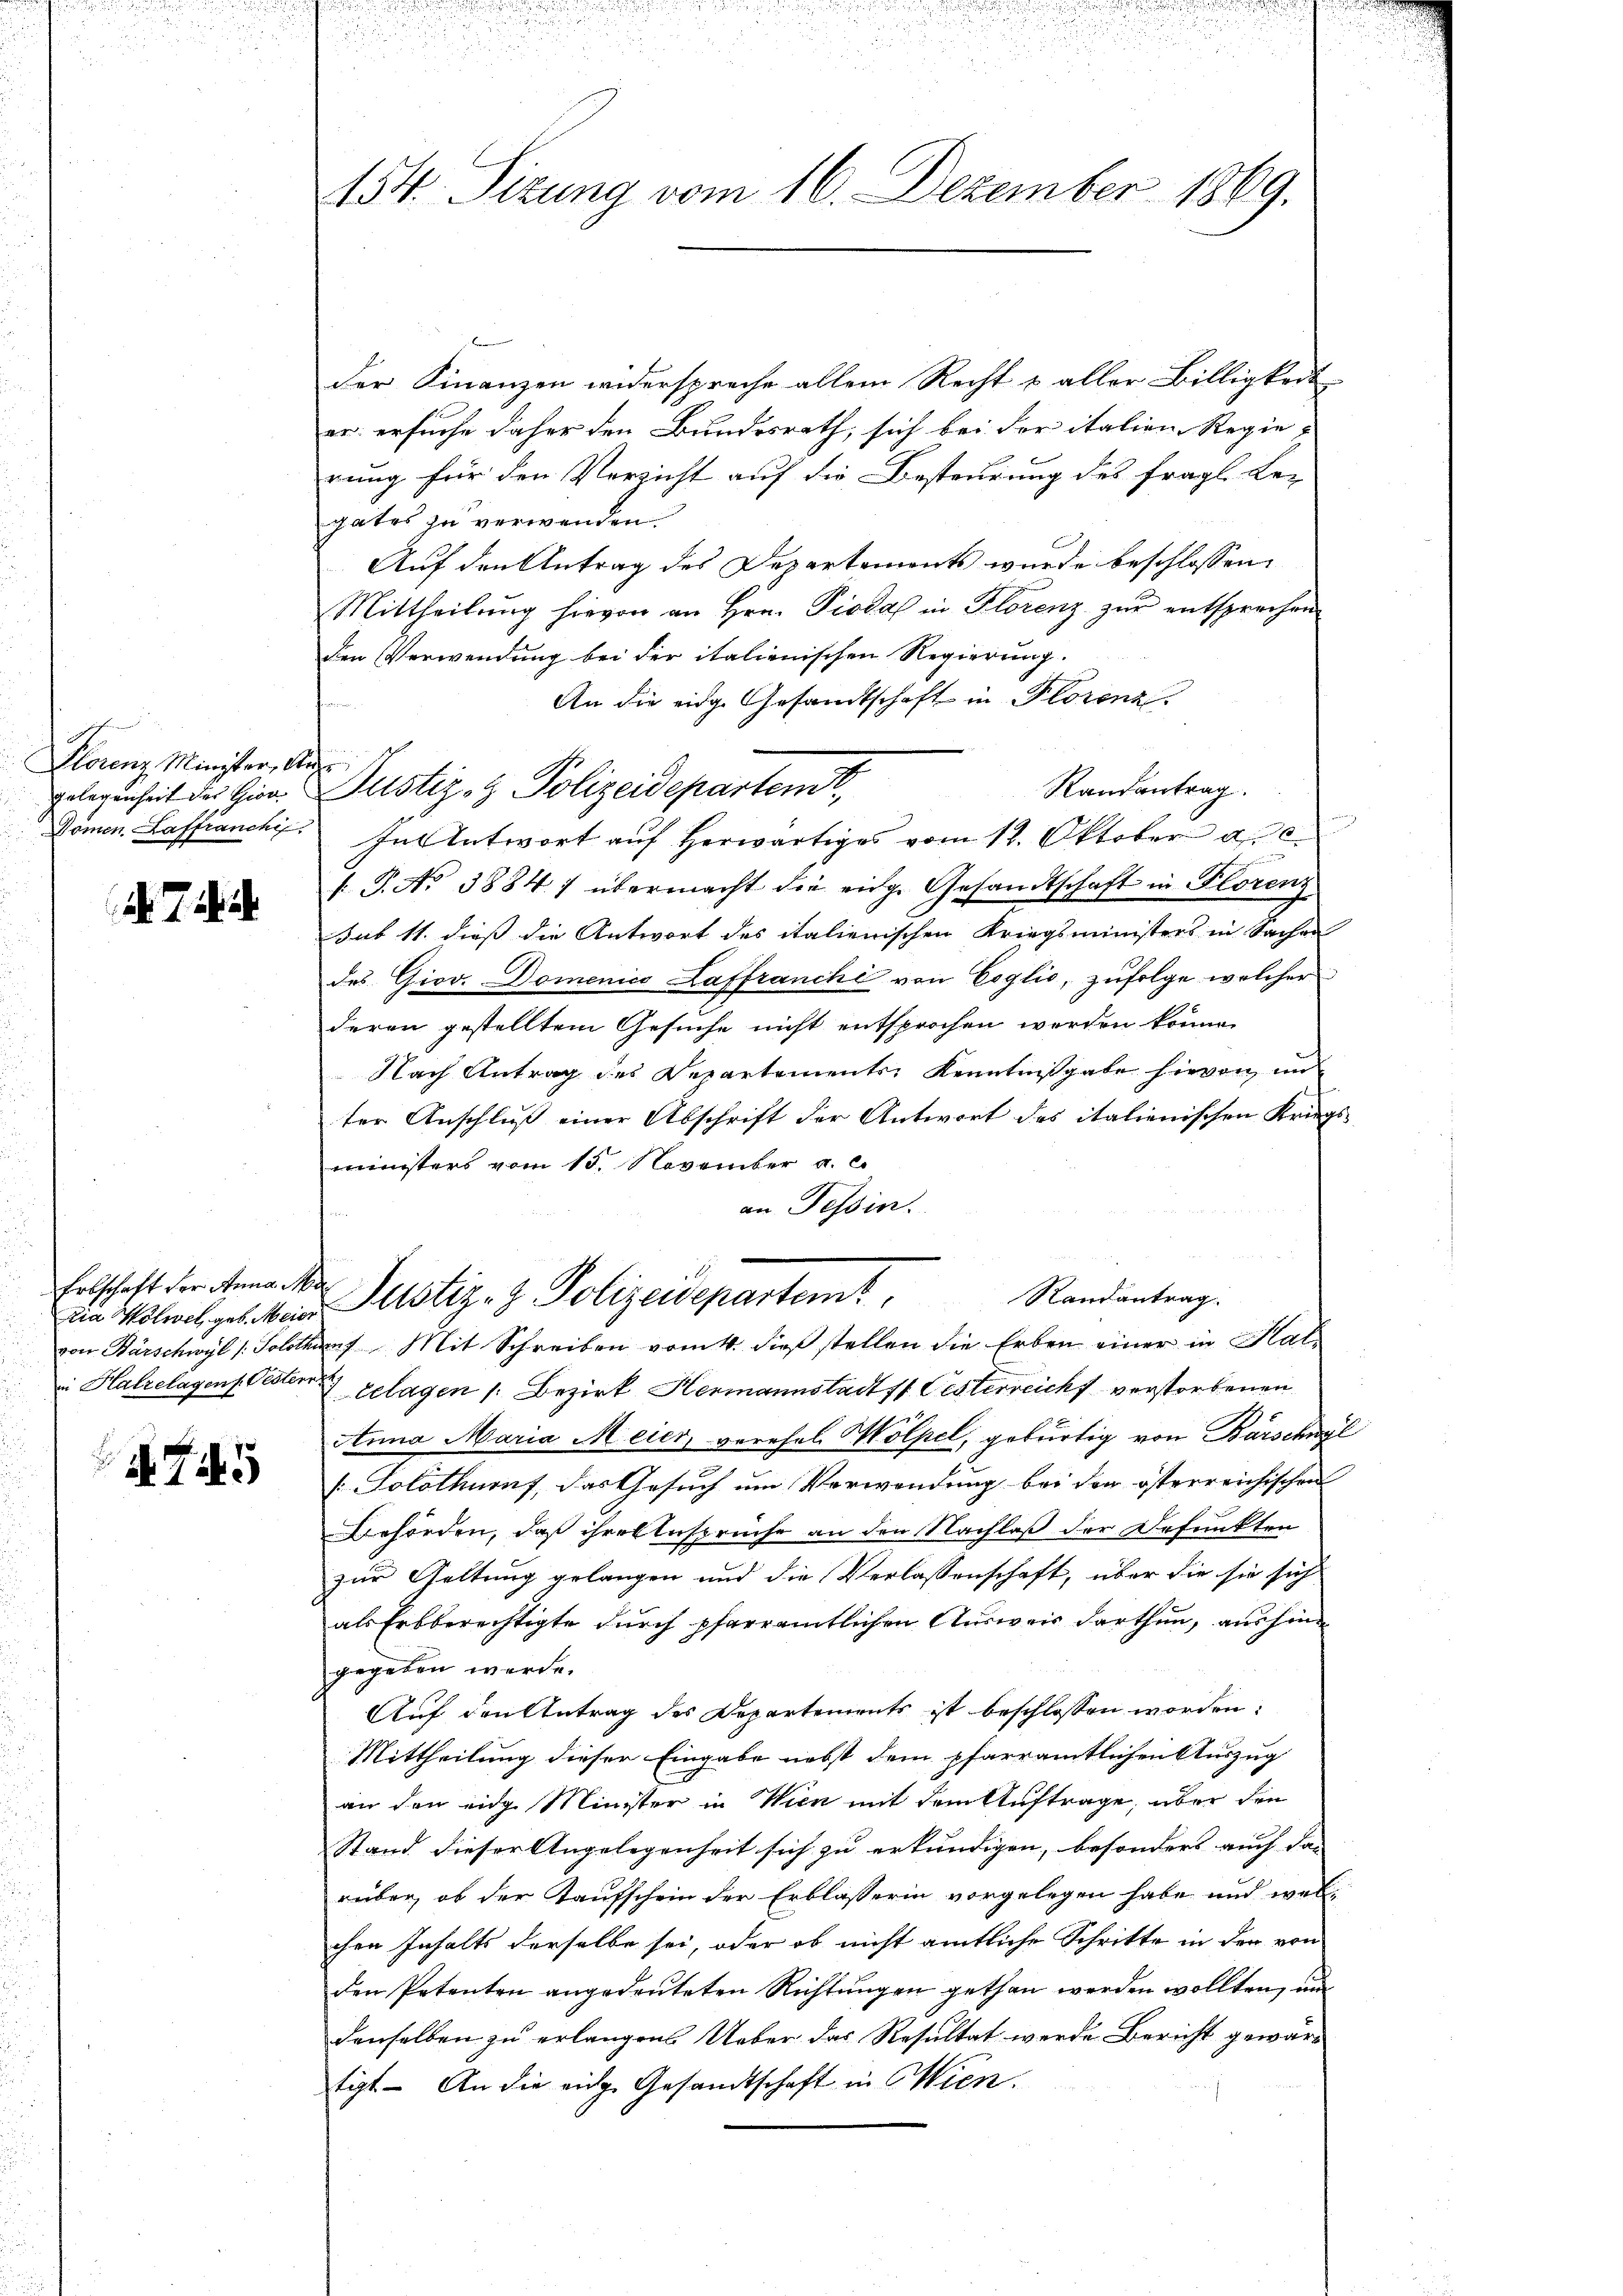
Florenz Minister, Auge

7

Erbschaft der Anna Ma

745

der Finanzen widerspreche allein Recht & aller Billigkeit
er: ersuche daher den Bundesrath, sich bei der italien Regie-
rung für den Verzicht auf die Besteurung des fragl. Le-
gates zu verwenden.
Auf den Antrag des Departements wurde beschlossen:
Mittheilŭng hievon an Hrn. Piodal in Florenz zur entsprechen
den Verwendung bei der italienischen Regierung.
An die eidge Gesandtschaft in Florenz.
Randantrag
gelegenheit der Gier Justiz- & Polizeidepartem
Domen Laffranchi. In Antwort aŭf herwärtiges vom 12. Oktober a. c
f. P. No 38847 übermacht die eige Gesandtschaft in Florenz
sub 11. dieß die Antwort des italienischen Kriegsministers in Sachen
des Giov. Domenico Laffranchi von Coglio, zŭfolge welcher
deren gestelltem Gesuche nicht entsprochen werden könne.
Nach Antrag des Departements, Kenntnißgabe hievon im
ter Anschluß einer Abschrift der Antwort des italienischen Kriegs-
ministers vom 15. November a. c.
an Tessin.
Randantrag.
in Milialges. bei Justiz- & Polizeidepartemt
von Bärschwyl /: Solothurn Mit Schreiben vom 4. dieß stellen die Erben einer in Halin Halzelagens Oester gelagen /: Bezirk Hermannstadt ft Oesterreicht verstorbenen
Anna Maria Meier, verehel. Mölpel, gebürtig von Barschwyl
.
(Solothuruf, das Gesuch um Verwendung bei der österreichischen
Behörden, daß ihre Ansprüche an den Nachlaß der Befunkten
zur Geltung gelangen und die Verlassenschaft, über die sie sich
als Erbberechtigte durch pfarramtlichen Ausweis darthun, aushingegeben werde.
Auf den Antrag des Departements ist beschlossen worden:
Mittheilung dieser Eingabe nebst dem pfarramtlichen Auszug
an den eing Minister in Wien mit dem Auftrage, über den
Stand dieser Angelegenheit sich zu erkundigen, besonders auch das
rüber, ob der Kaufschein der Erblasserin vorgelegen habe und welchen Inhalts derselbe sei, oder ob nicht amtliche Schritte in den von
den Petenten angedeuteten Richtungen gethan werden wollten, und
denselben zu erlangen. Ueber das Resultat werde Bericht gewärt
tigt. An die eine Gesandtschaft in Wien.

154. Sizung vom 16. Dezember 1869.